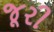
જૂરી